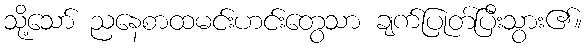
သို့သော် ညနေစာထမင်းဟင်းတွေသာ ချက်ပြုတ်ပြီးသွား၏။